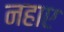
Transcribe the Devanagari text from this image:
नहाए